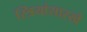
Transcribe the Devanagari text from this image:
स्त्रियांसारखे